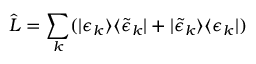
\hat { L } = \sum _ { k } ( | \epsilon _ { k } \rangle \langle \tilde { \epsilon } _ { k } | + | \tilde { \epsilon } _ { k } \rangle \langle { \epsilon } _ { k } | )